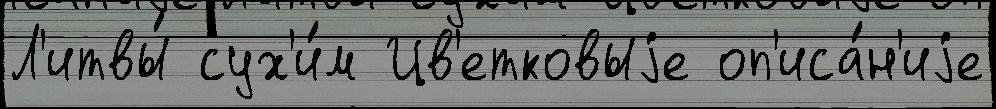
Л'итвы́ сух'и́м Цв'етковыjе оп'иса́н'иjе